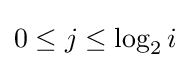
0\leq j\leq \log _{2}i